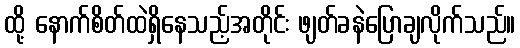
ထို့ နောက်စိတ်ထဲရှိနေသည့်အတိုင်း ဖျတ်ခနဲပြောချလိုက်သည်။